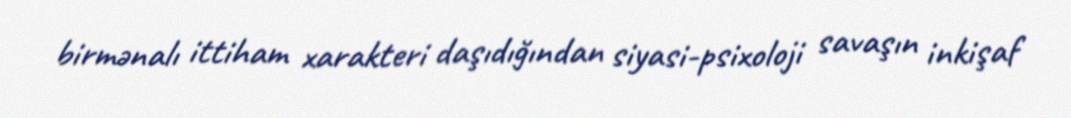
birmənalı ittiham xarakteri daşıdığından siyasi-psixoloji savaşın inkişaf